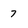
Character: 7